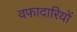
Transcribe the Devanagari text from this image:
वफादारियों